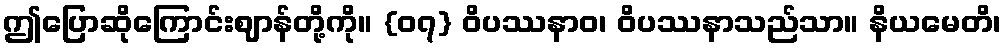
ဤပြောဆိုကြောင်းဈာန်တို့ကို။ {၀၇} ဝိပဿနာဝ၊ ဝိပဿနာသည်သာ။ နိယမေတိ၊